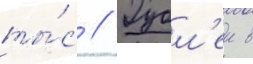
ты́с // Рубл'еи в